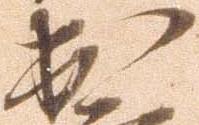
出